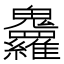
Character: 𩵇